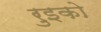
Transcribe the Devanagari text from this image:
रुइको